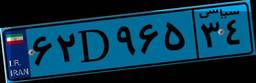
۲۳D۸۹۱۰۴